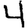
Digit: 4